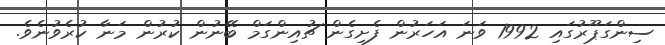
ސިންގަޕޫރުގައި 1992 ވަނަ އަހަރުން ފެށިގެން ޗުއިންގަމް ބޭނުން ކުރުން މަނާ ކުރެވުނެވެ.